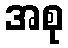
အစု